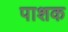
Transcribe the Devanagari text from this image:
पाशक